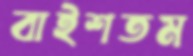
বাইশতম